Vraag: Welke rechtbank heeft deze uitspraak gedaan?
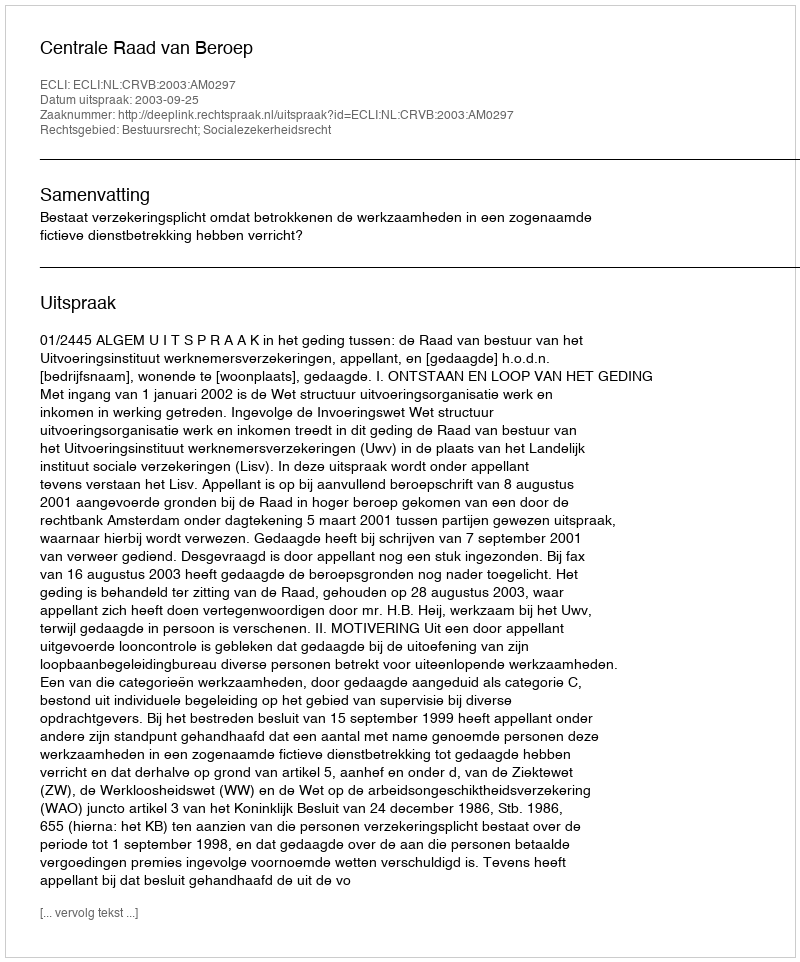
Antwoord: Centrale Raad van Beroep